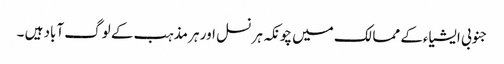
جنوبی ایشیاءکے ممالک میں چونکہ ہر نسل اور ہر مذہب کے لوگ آباد ہیں ۔